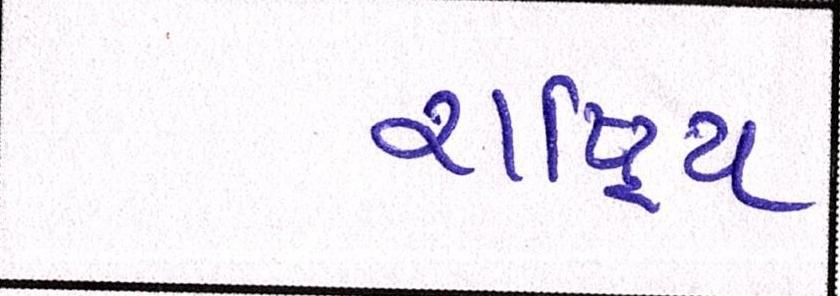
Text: રાષ્ટ્રિય